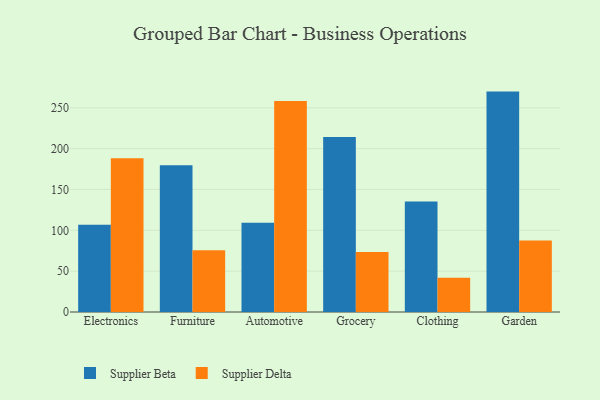
{"axis": {"x": "Category", "y": "Revenue (USD Million)"}, "legend": ["Supplier Beta", "Supplier Delta"], "data": [{"x": "Electronics", "y": 106.8, "type": "Supplier Beta"}, {"x": "Electronics", "y": 188.2, "type": "Supplier Delta"}, {"x": "Furniture", "y": 179.7, "type": "Supplier Beta"}, {"x": "Furniture", "y": 75.5, "type": "Supplier Delta"}, {"x": "Automotive", "y": 109.4, "type": "Supplier Beta"}, {"x": "Automotive", "y": 258.3, "type": "Supplier Delta"}, {"x": "Grocery", "y": 214.3, "type": "Supplier Beta"}, {"x": "Grocery", "y": 73.3, "type": "Supplier Delta"}, {"x": "Clothing", "y": 135.3, "type": "Supplier Beta"}, {"x": "Clothing", "y": 42.0, "type": "Supplier Delta"}, {"x": "Garden", "y": 269.8, "type": "Supplier Beta"}, {"x": "Garden", "y": 87.4, "type": "Supplier Delta"}]}